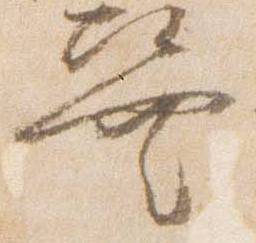
巽